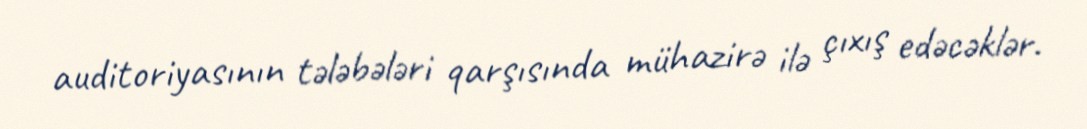
auditoriyasının tələbələri qarşısında mühazirə ilə çıxış edəcəklər.